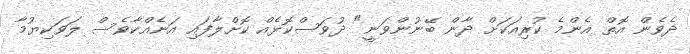
ދެވެން އޮތް އެންމެ ކުރިއަކަށް ދާން ބޭނުންވަނީ" ދުވަސްކޮޅެއް ކޮށްލާފައި އަނެއްކާވެސް ލަވަކިޔުމާ